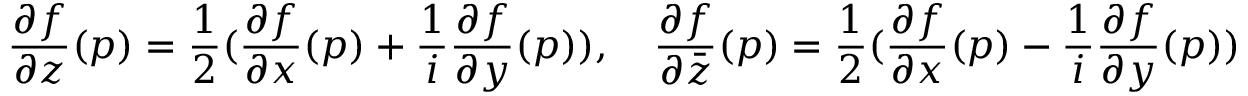
\frac { \partial f } { \partial z } ( p ) = \frac { 1 } { 2 } ( \frac { \partial f } { \partial x } ( p ) + \frac { 1 } { i } \frac { \partial f } { \partial y } ( p ) ) , \quad \frac { \partial f } { \partial \bar { z } } ( p ) = \frac { 1 } { 2 } ( \frac { \partial f } { \partial x } ( p ) - \frac { 1 } { i } \frac { \partial f } { \partial y } ( p ) )